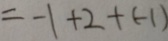
= - 1 + 2 + ( - 1 )